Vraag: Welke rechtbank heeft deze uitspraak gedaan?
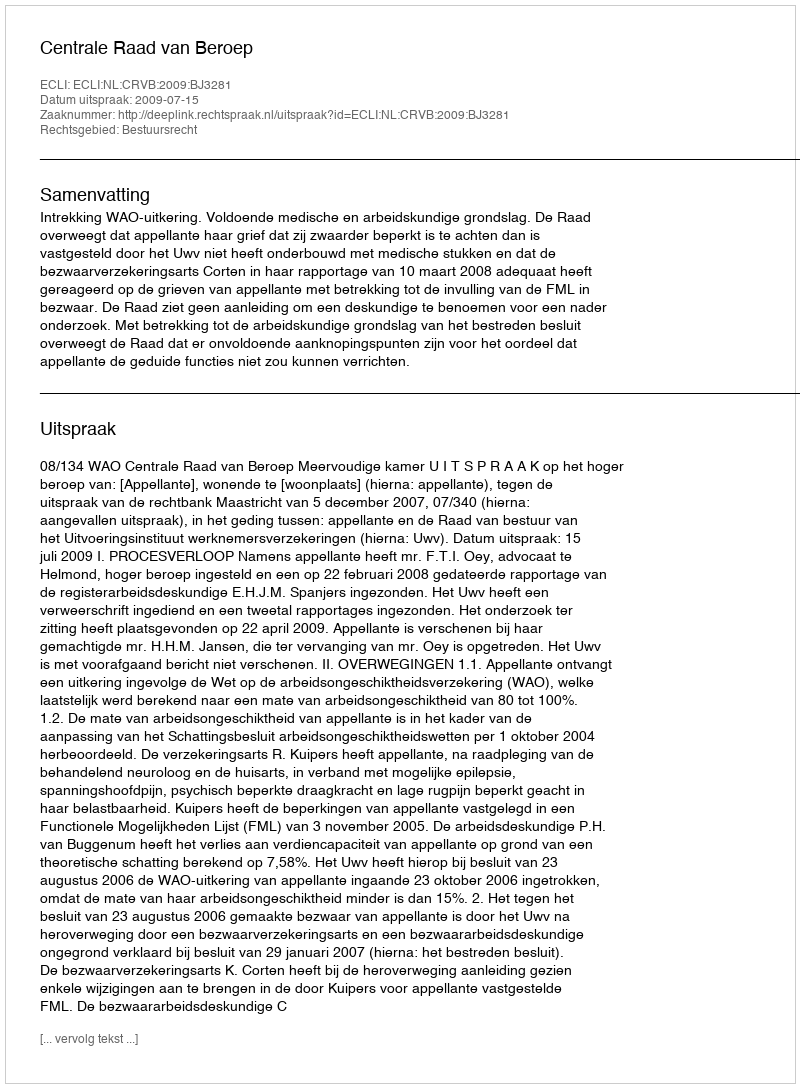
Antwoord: Centrale Raad van Beroep